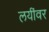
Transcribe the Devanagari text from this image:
लयींवर